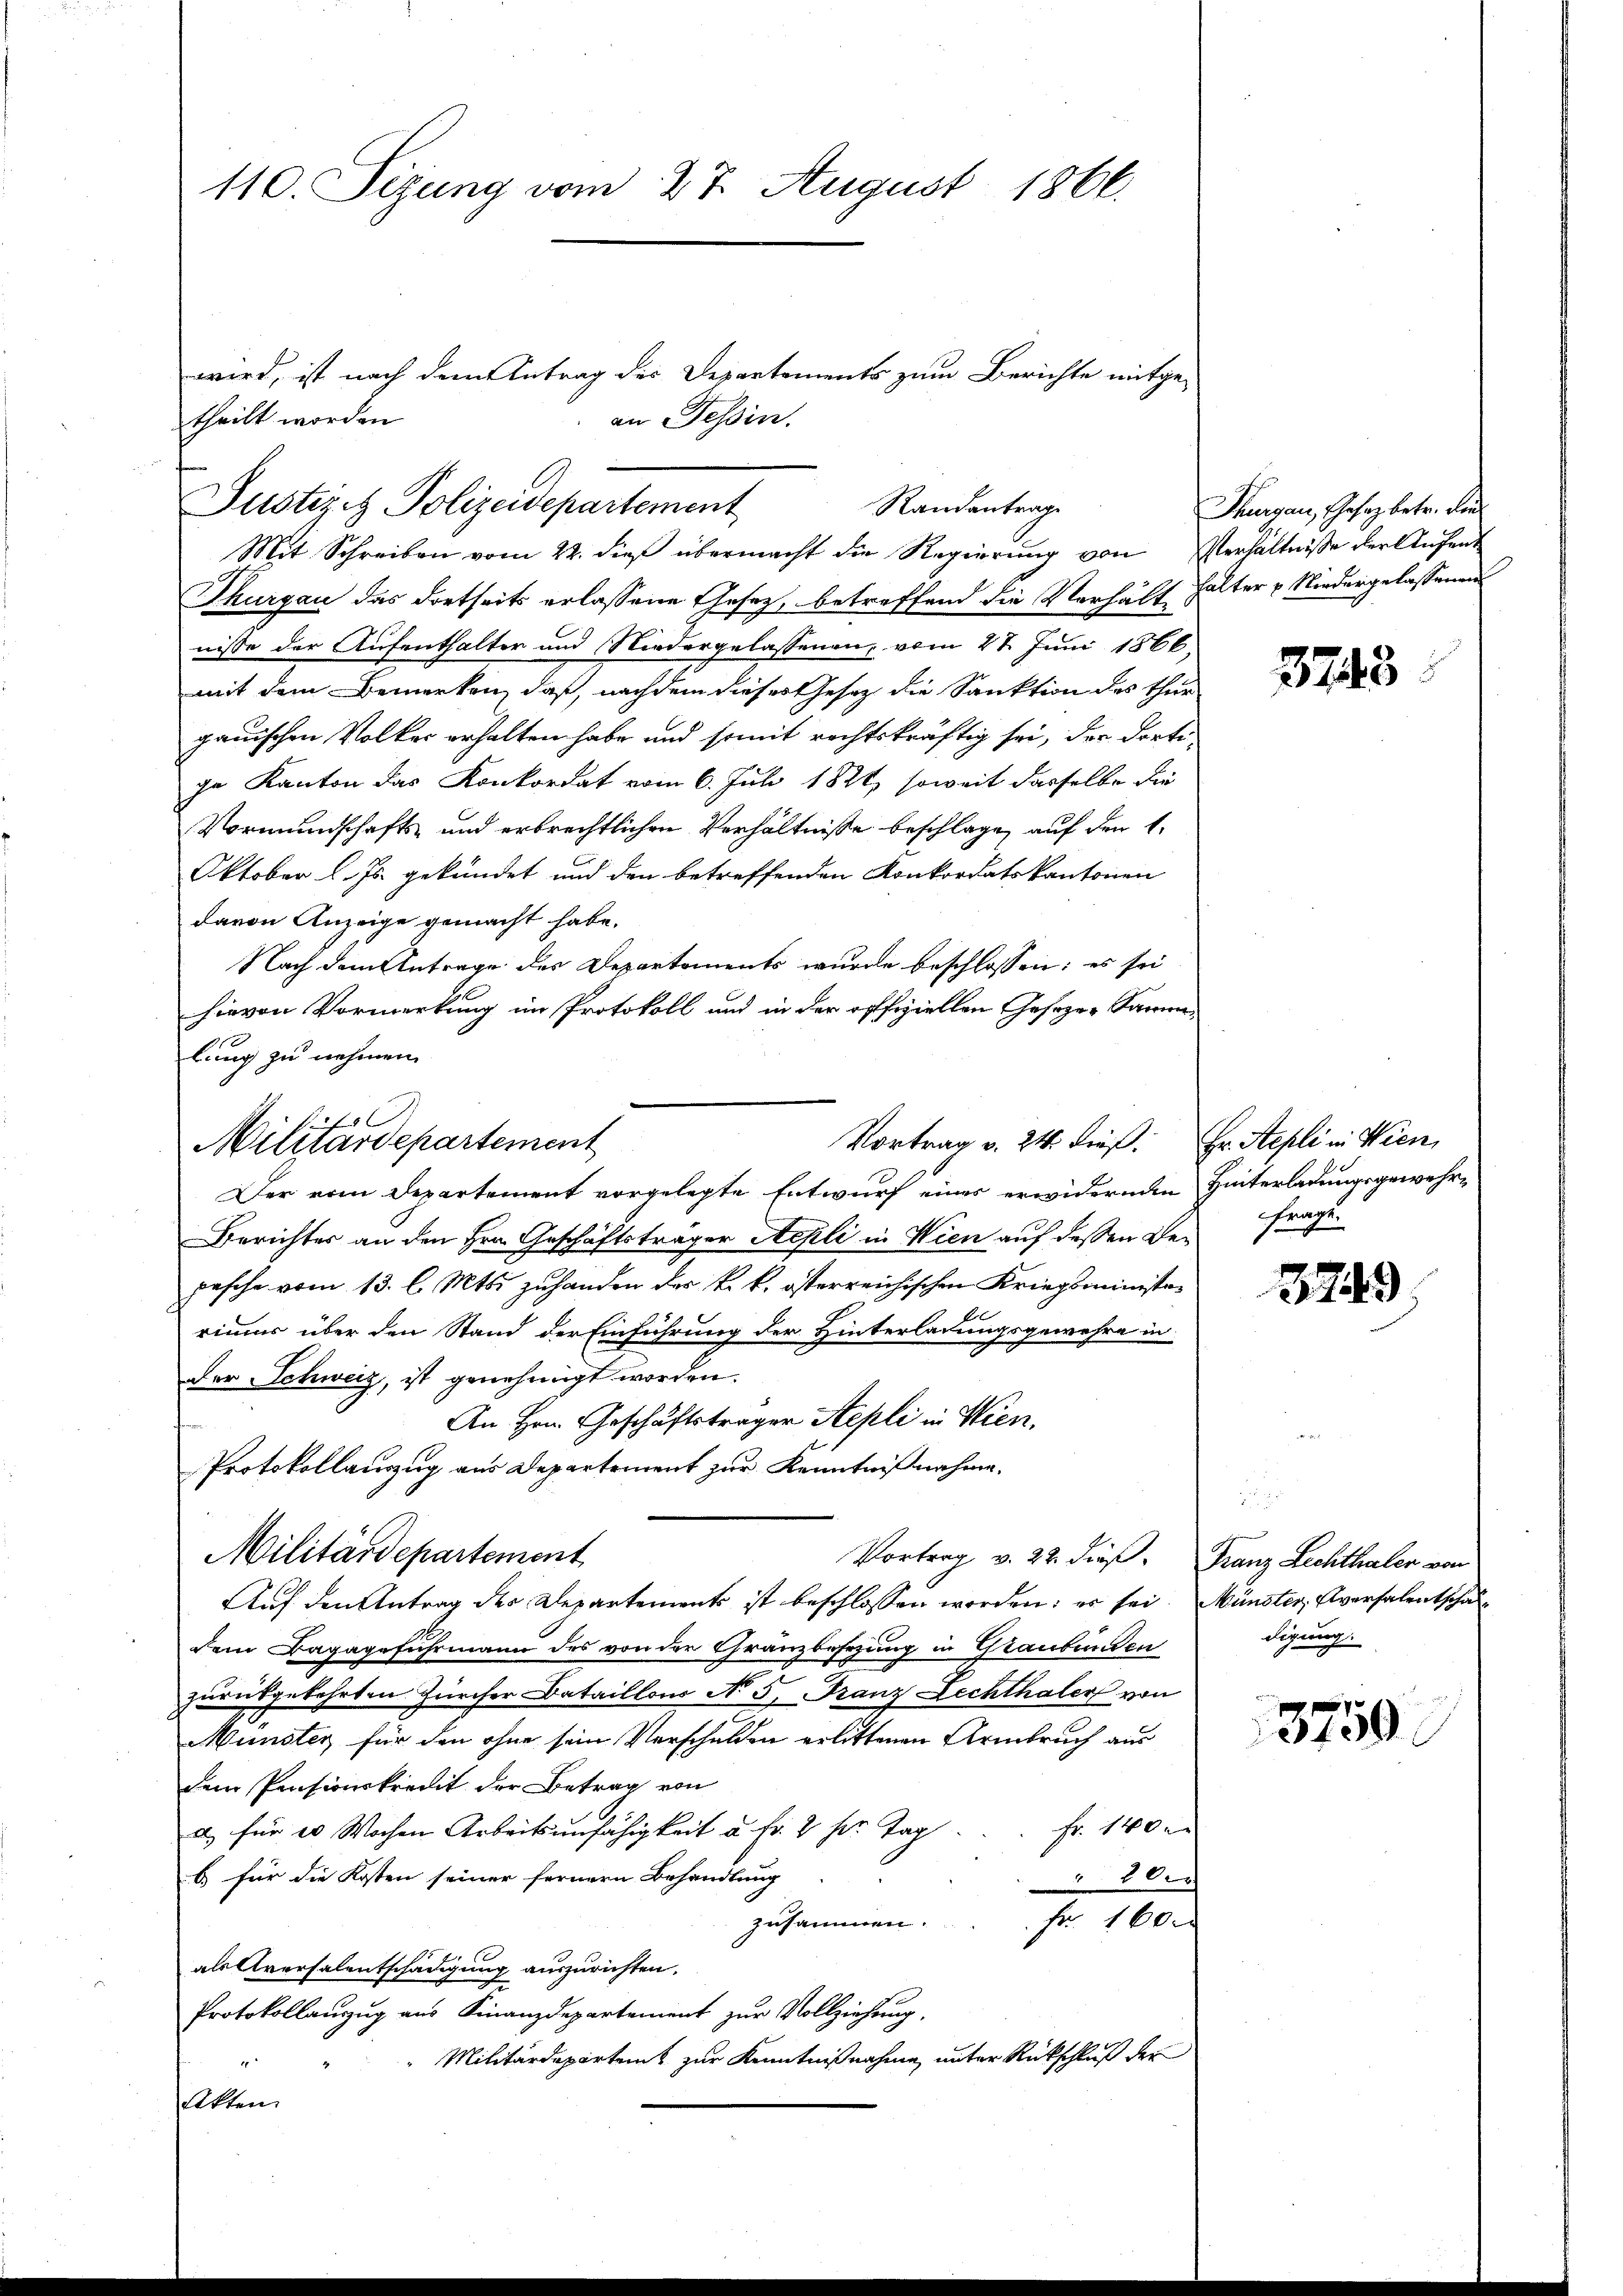
110. Sizung vom 27. August 1866.

Randantrage
Justizit Polizeidepartement
Mit Schreiben vom 22. dieß übermacht die Regierŭng von Verhältnisse der Aufent

theilt worden.

.
Militärdepartement

wird, ist nach dem Antrag des Departements zum Berichte mitge-
an Tessin.

Thurgau das dortseits erlassene Gesetz, betreffend die Verhältnisse der Aufenthalter und Niedergelassenen, vom 27. Juni 1866,
mit dem Bemerken, daß, nachdem dieses Gesetz die Sanktion des Thur
gauischen Volker erhalten habe und somit rechtskräftig sei, der dorte
in Kanton das Konkordat vom 6. Juli 1821, soweit dasselbe die
Vormundschafts- und erbrechtlichen Verhältnisse beschlage, auf den 1.
Oktober l. Js. gekündet und den betreffenden Konkordatskantonen
davon Anzeige gemacht habe.
Nach dem Antrage des Departements wurde beschlossen: es sei
hievon Vormerkung im Protokoll und in der offfiziellen Gesezen Sammlung zu nehmen.
Der vom Departement vorgelegte Entwurf eines erwidernden
Berichter an den Hrn. Geschäftsträger Stepli in Wien auf dessen Befrage
pasche vom 13. l. Mts. zuhanden der k. k. österreichischen Kriegsministrrimus über den Stand der Einführung der Hinterladungsgewehre in
der Schweiz, ist genehmigt worden.
An Hrn. Geschäftsträger Sepli in Wien,
Protokollauszug aus Departement zur Kenntnißnahme.
Militärdepartement
Vortrag v. 22. dieß
Auf den Antrag der Departements ist beschlossen worden; er sei
dem Bagagefuhrmann des von der Gränzbesezung in Graubünden
zurückgekehrten Zürcher Bataillons No 5. Franz Lechthaler von
Münster für den ohne sein Verschulden erlittenen Armbruch aus
dem Präsionskredit der Betrag von
a) für 20 Wochen Arbeitsunfähigkeit u. Fr. 2 pr. Tag.  ..  Fr. 140 e
b) für die Kosten seiner fernern Behandlung
20
zusammen.
Fr. 160.
als Aversalentschädigung auszurichten.
Protokollauzug aus Finanzdepartement zur Vollziehung,
Militärdepartent zur Kenntnißnahme unter Rückschluß der
1
Alten.

Vortrag v. 24. dieß.

Thurgau, Gesez betr. den
halter & Niedergelassenen

3743

Hr. Repli in Wien
Hinterladungsgewehr¬

3249.

Franz Lechthaler von
Münster, Elversalentschaudigung.

3750.